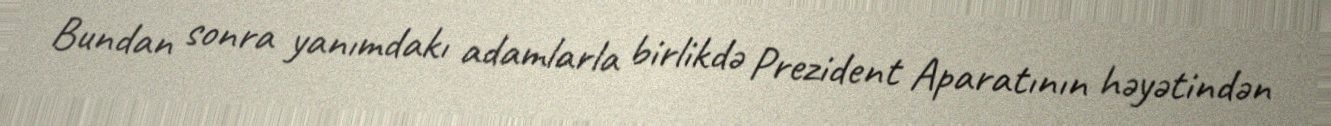
Bundan sonra yanımdakı adamlarla birlikdə Prezident Aparatının həyətindən